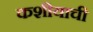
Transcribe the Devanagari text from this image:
कशीयाची